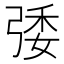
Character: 㢻